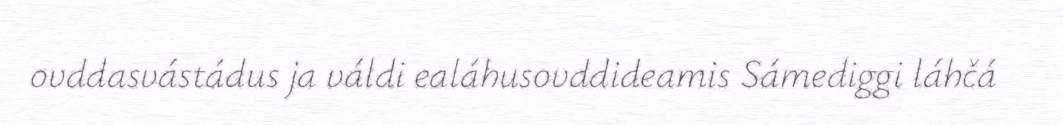
ovddasvástádus ja váldi ealáhusovddideamis Sámediggi láhčá